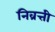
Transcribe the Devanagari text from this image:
निव्रत्ती